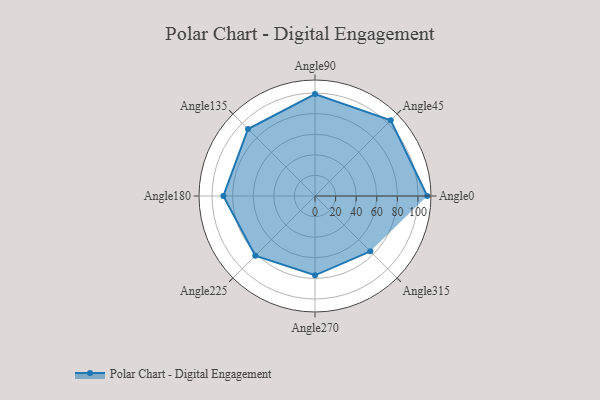
{"axis": {"x": "Angle", "y": "Radius"}, "legend": [""], "data": [{"x": "Angle0", "y": 109.0, "type": ""}, {"x": "Angle45", "y": 104.0, "type": ""}, {"x": "Angle90", "y": 99.0, "type": ""}, {"x": "Angle135", "y": 92.0, "type": ""}, {"x": "Angle180", "y": 89.0, "type": ""}, {"x": "Angle225", "y": 82.0, "type": ""}, {"x": "Angle270", "y": 77.0, "type": ""}, {"x": "Angle315", "y": 76.0, "type": ""}]}